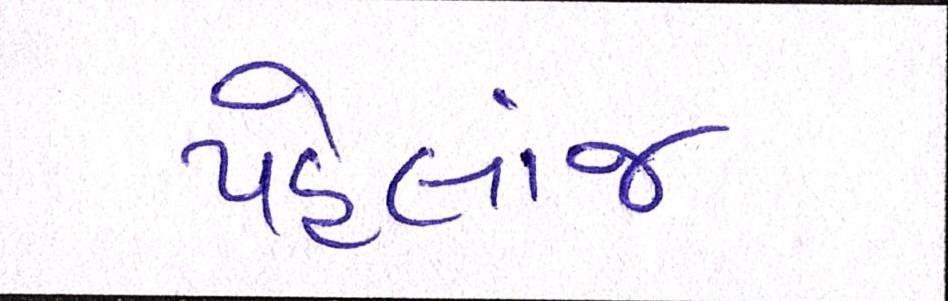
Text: પહેલાંજ